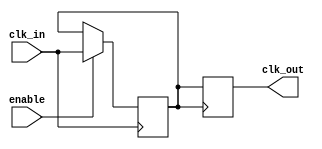
module ClockBuffer (
    input wire clk_in,          // Clock input
    input wire enable,          // Enable signal for output
    output reg clk_out          // Buffered clock output
);

// Internal signal to hold the buffered clock value
reg clk_buffered;

// Clock buffering logic with enable control
always @ (posedge clk_in) begin
    if (enable) begin
        clk_buffered <= clk_in; // Buffer the input clock
    end
end

// Drive the output clock with minimal propagation delay
always @ (posedge clk_buffered) begin
    clk_out <= clk_buffered;   // Drive the output with the buffered clock
end

endmodule